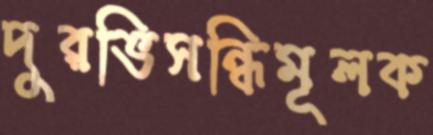
দুরভিসন্ধিমূলক